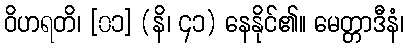
ဝိဟရတိ၊ [၀၁] (နိ၊ ၄၁) နေနိုင်၏။ မေတ္တာဒီနံ၊